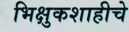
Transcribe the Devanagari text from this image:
भिक्षुकशाहीचे